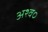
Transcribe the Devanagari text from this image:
अश्व०